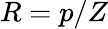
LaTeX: R=p/Z